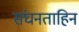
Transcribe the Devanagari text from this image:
संघनताहिन